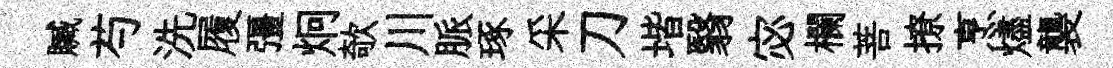
贓芍洗履彊炯欹川脈琢采刀堦翳宓欄菩撩烹燼襲